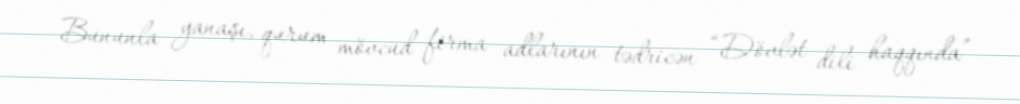
Bununla yanaşı, qurum mövcud firma adlarının tədricən “Dövlət dili haqqında”